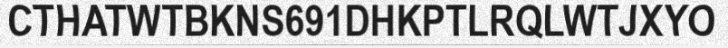
CTHATWTBKNS691DHKPTLRQLWTJXYO